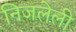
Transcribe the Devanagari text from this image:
निजलेली